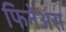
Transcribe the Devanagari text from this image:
फिनेअस